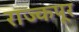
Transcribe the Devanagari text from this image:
राज्कपूर